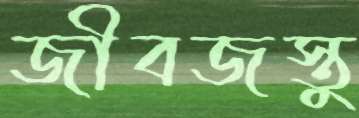
জীবজস্তু